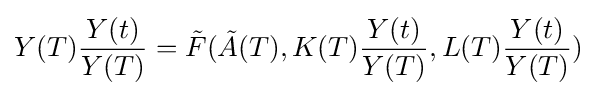
Y(T){\frac {Y(t)}{Y(T)}}={\tilde {F}}({\tilde {A}}(T),K(T){\frac {Y(t)}{Y(T)}},L(T){\frac {Y(t)}{Y(T)}})